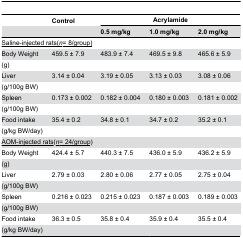
<table><thead><tr><td></td><td><b>Control</b></td><td colspan="3"><b>Acrylamide</b></td></tr><tr><td></td><td></td><td><b>0.5 mg/kg</b></td><td><b>1.0 mg/kg</b></td><td><b>2.0 mg/kg</b></td></tr></thead><tbody><tr><td colspan="5"><underline>Saline-injected rats</underline><underline>(<i>n</i></underline><underline>= 8/group)</underline></td></tr><tr><td>Body Weight</td><td>459.5 ± 7.9</td><td>483.9 ± 7.4</td><td>469.5 ± 9.8</td><td>465.6 ± 5.9</td></tr><tr><td>(g)</td><td></td><td></td><td></td><td></td></tr><tr><td>Liver</td><td>3.14 ± 0.04</td><td>3.19 ± 0.05</td><td>3.13 ± 0.03</td><td>3.08 ± 0.06</td></tr><tr><td>(g/100g BW)</td><td></td><td></td><td></td><td></td></tr><tr><td>Spleen</td><td>0.173 ± 0.002</td><td>0.182 ± 0.004</td><td>0.180 ± 0.003</td><td>0.181 ± 0.002</td></tr><tr><td>(g/100g BW)</td><td></td><td></td><td></td><td></td></tr><tr><td>Food intake</td><td>35.4 ± 0.2</td><td>34.8 ± 0.1</td><td>34.7 ± 0.2</td><td>35.2 ± 0.1</td></tr><tr><td>(g/kg BW/day)</td><td></td><td></td><td></td><td></td></tr><tr><td colspan="5"><underline>AOM-injected rats</underline>(<underline><i>n</i>= 24/group</underline>)</td></tr><tr><td>Body Weight</td><td>424.4 ± 5.7</td><td>440.3 ± 7.5</td><td>436.0 ± 5.9</td><td>436.2 ± 5.9</td></tr><tr><td>(g)</td><td></td><td></td><td></td><td></td></tr><tr><td>Liver</td><td>2.79 ± 0.03</td><td>2.80 ± 0.06</td><td>2.77 ± 0.05</td><td>2.75 ± 0.04</td></tr><tr><td>(g/100g BW)</td><td></td><td></td><td></td><td></td></tr><tr><td>Spleen</td><td>0.216 ± 0.023</td><td>0.215 ± 0.023</td><td>0.187 ± 0.003</td><td>0.189 ± 0.003</td></tr><tr><td>(g/100g BW)</td><td></td><td></td><td></td><td></td></tr><tr><td>Food intake</td><td>36.3 ± 0.5</td><td>35.8 ± 0.4</td><td>35.9 ± 0.4</td><td>35.5 ± 0.4</td></tr><tr><td>(g/kg BW/day)</td><td></td><td></td><td></td><td></td></tr></tbody></table>